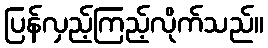
ပြန်လှည့်ကြည့်လိုက်သည်။